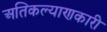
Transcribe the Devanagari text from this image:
अतिकल्याणकारी